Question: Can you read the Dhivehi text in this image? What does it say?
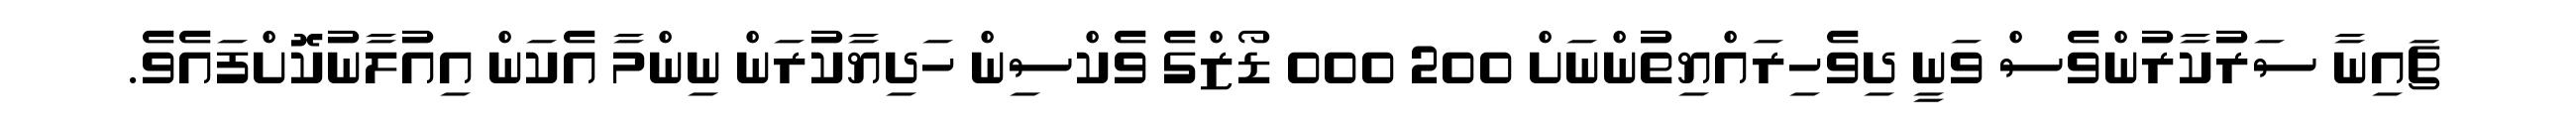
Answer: ޗައިނާ ސަރުކާރުންވެސް ވަނީ ދިވެހިރައްޔިތުންނަށް 200 000 ޑޯޒްގެ ވެކްސިން ހަދިޔާކުރަން ނިންމާ އެކަން އިއުލާނުކޮށްފައެވެ.